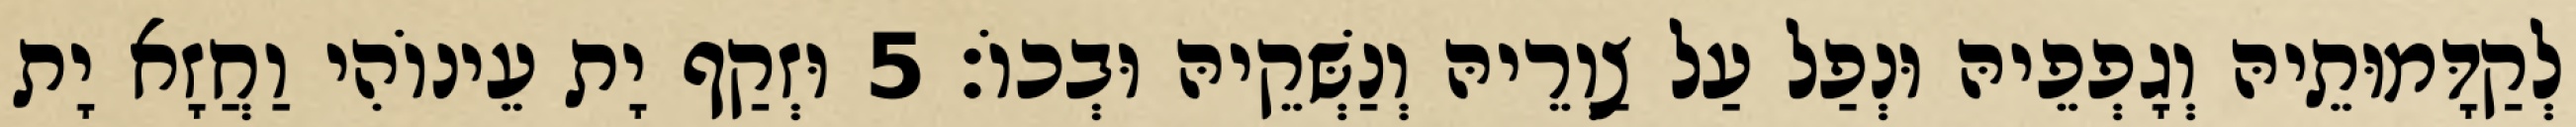
לְקַדָּמוּתֵיהּ וְגָפְפֵיהּ וּנְפַל עַל צַוְרֵיהּ וְנַשְּׁקֵיהּ וּבְכוֹ׃ 5 וּזְקַף יָת עֵינוֹהִי וַחֲזָא יָת